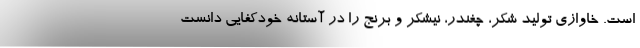
است. خاوازی تولید شکر، چغندر، نیشکر و برنج را در آستانه خودکفایی دانست